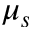
\mu _ { s }